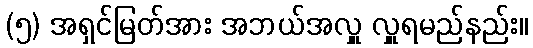
(၅) အရှင်မြတ်အား အဘယ်အလှူ လှူရမည်နည်း။